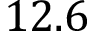
1 2 . 6